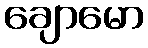
ချောမော